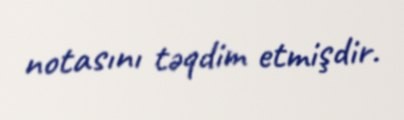
notasını təqdim etmişdir.